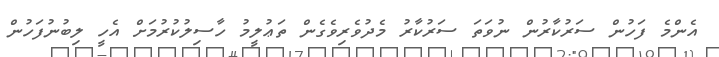
އެންމެ ފަހުން ސަރުކާރުން ނުވަތަ ސަރުކާރު މެދުވެރިވެގެން ތަޢުލީމު ހާސިލުކުރުމަށް އެހީ ލިބުނުފަހުން